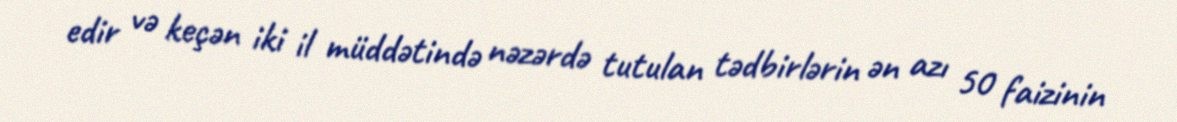
edir və keçən iki il müddətində nəzərdə tutulan tədbirlərin ən azı 50 faizinin